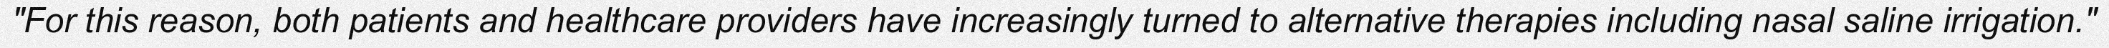
"For this reason, both patients and healthcare providers have increasingly turned to alternative therapies including nasal saline irrigation."